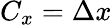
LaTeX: C_{x}=\Delta x